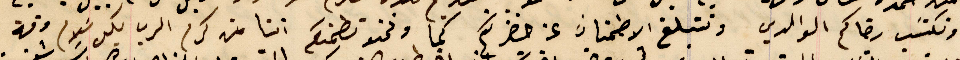
ونكتسَب رضاكم الوالدي ونتبلغ الاطمنان عن حضرتكم كما ونحن نطمنكم اننا من كرم الرب بكل سَلام وقة